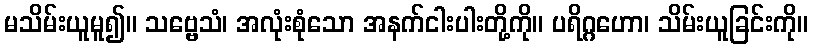
မသိမ်းယူမူ၍။ သဗ္ဗေသံ၊ အလုံးစုံသော အနက်ငါးပါးတို့ကို။ ပရိဂ္ဂဟော၊ သိမ်းယူခြင်းကို။